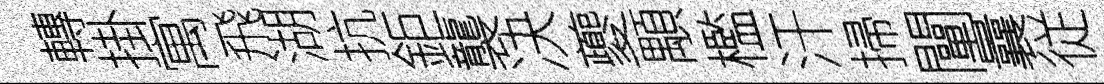
轉掛寓飛湖抗鉅襲决夔顒檻汗掃闡曩従